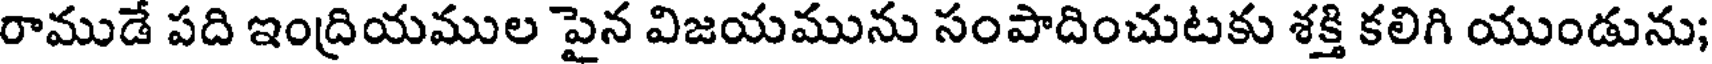
రాముడే పది ఇంద్రియముల పైన విజయమును సంపాదించుటకు శక్తి కలిగి యుండును;